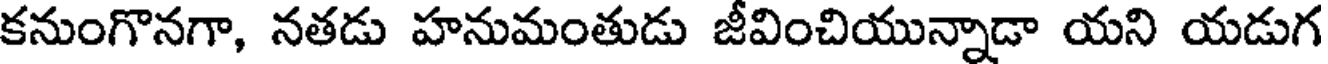
కనుంగొనగా, నతడు హనుమంతుడు జీవించియున్నాడా యని యడుగ